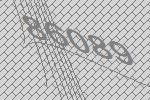
86089